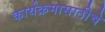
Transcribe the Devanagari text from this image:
कार्यक्रमासाठीचे